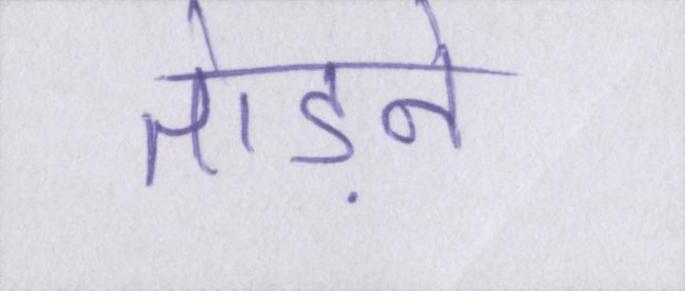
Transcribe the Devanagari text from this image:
तोड़ने